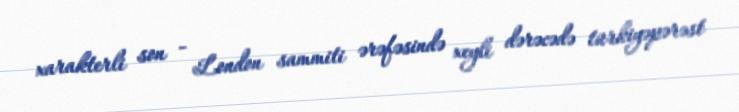
xarakterli son - London sammiti ərəfəsində xeyli dərəcədə türkiyəpərəst